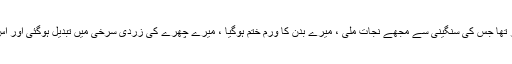
میں زمین پر گر گیا گویا میری پیٹھ پر ایک پہاڑ تھا جس کی سنگینی سے مجھے نجات ملی ، میرے بدن کا ورم ختم ہوگیا ، میرے چھرے کی زردی سرخی میں تبدیل ہوگئی اور اس کے بعد اس مرض کا نام و نشان تک مٹ گیا ۔